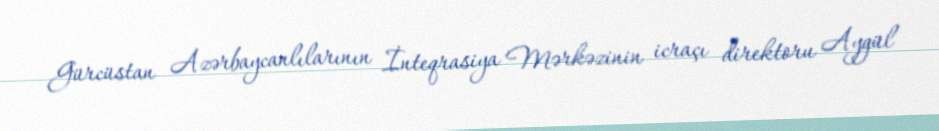
Gürcüstan Azərbaycanlılarının İnteqrasiya Mərkəzinin icraçı direktoru Aygül